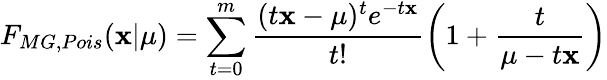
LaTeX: F_{MG,Pois}(\mathbf{x}|\mu)=\sum_{t=0}^{m}\frac{{(t\mathbf{x}-\mu)^{t}e^{-t\mathbf{x}}}}{{t!}}\left(1+\frac{{t}}{{\mu-t\mathbf{x}}}\right)